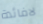
لافائدة